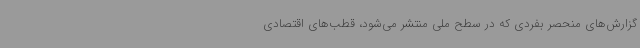
گزارش‌های منحصر بفردی که در سطح ملی منتشر می‌شود، قطب‌های اقتصادی